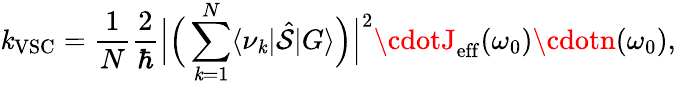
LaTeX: \mathit{k}_{\mathrm{{VSC}}}=\frac{{1}}{{N}}\frac{{2}}{{\hbar}}\Big|\Big(\sum_{\mathit{k}=1}^{N}\langle\nu_{\mathit{k}}|\hat{{\mathcal{S}}}|G\rangle\Big)\Big|^{2}\cdotJ_{\mathrm{{eff}}}(\omega_{0})\cdotn(\omega_{0}),